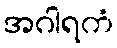
အဂါရကံ